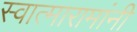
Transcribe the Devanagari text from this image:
स्वात्मारामांनी